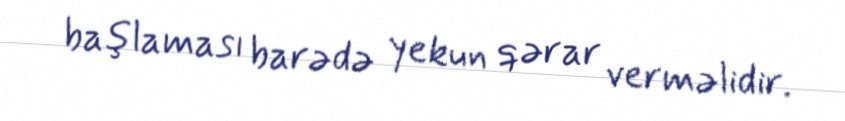
başlaması barədə yekun qərar verməlidir.